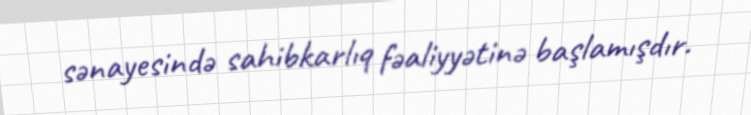
sənayesində sahibkarlıq fəaliyyətinə başlamışdır.